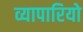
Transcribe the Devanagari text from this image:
व्यापारियो